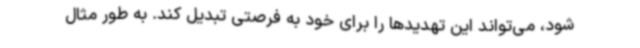
شود، می‌تواند این تهدیدها را برای خود به فرصتی تبدیل کند. به طور مثال